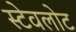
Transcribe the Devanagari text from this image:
स्टेवलोट